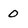
Character: 0